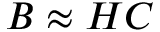
B \approx H C